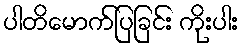
ပါတိမောက်ပြခြင်း ကိုးပါး